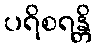
ပရိစရန္တိ